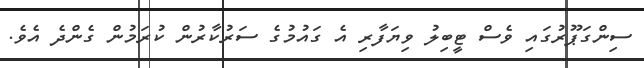
ސިންގަޕޫރުގައި ވެސް ޓީބިލު ވިޔަފާރި އެ ގައުމުގެ ސަރުކާރުން ކުރަމުން ގެންދެ އެވެ.